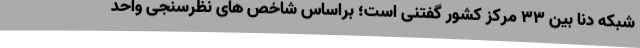
شبکه دنا بین 33 مرکز کشور گفتنی است؛ براساس شاخص های نظرسنجی واحد